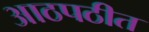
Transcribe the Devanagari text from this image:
आठपठीत